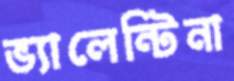
ভ্যালেন্টিনা